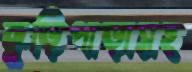
কুড়িপাড়াসহ